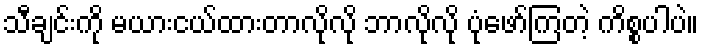
သီချင်းကို မယားငယ်ထားတာလိုလို ဘာလိုလို ပုံဖော်ကြတဲ့ ကိစ္စပါပဲ။